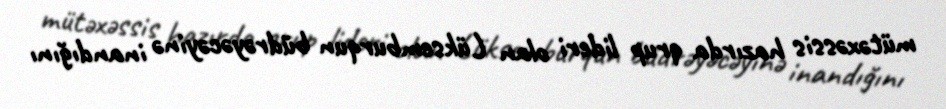
mütəxəssis hazırda qrup lideri olan Lüksemburqun büdrəyəcəyinə inandığını